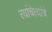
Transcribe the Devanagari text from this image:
त्यांचेत्यांचे